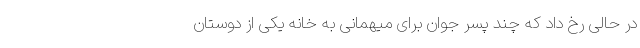
در حالی رخ داد که چند پسر جوان برای میهمانی به خانه یکی از دوستان